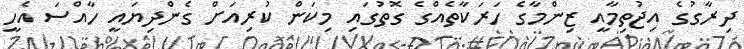
ދިރާގުގެ އިޖުތިމާއީ ޒިންމާގެ ހަރަކާތެއްގެ ގޮތުގައި މިކަން ކުރިއަށް ގެންދިޔައީ ހާއްސަ އެހީ